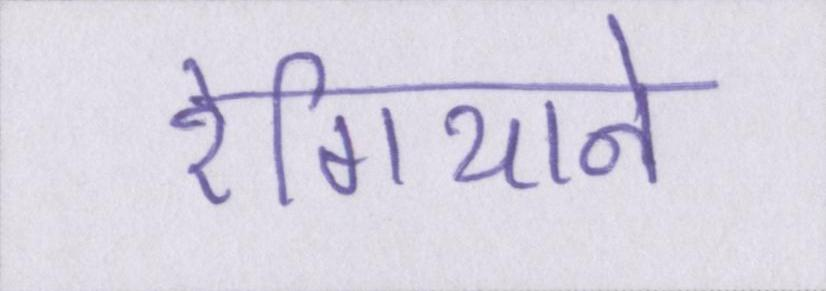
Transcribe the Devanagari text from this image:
रेगियाने